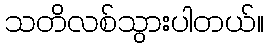
သတိလစ်သွားပါတယ်။